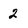
Character: 2